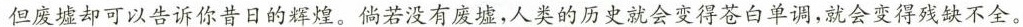
但废墟却可以告诉你昔日的辉煌。倘若没有废墟，人类的历史就会变得苍白单调，就会变得残缺不全。